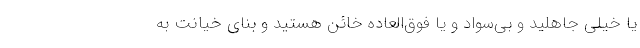
یا خیلی جاهلید و بی‌سواد و یا فوق‌العاده خائن هستید و بنای خیانت به